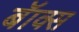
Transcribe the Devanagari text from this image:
बॅाक्स